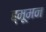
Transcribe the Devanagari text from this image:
ह्मूमन